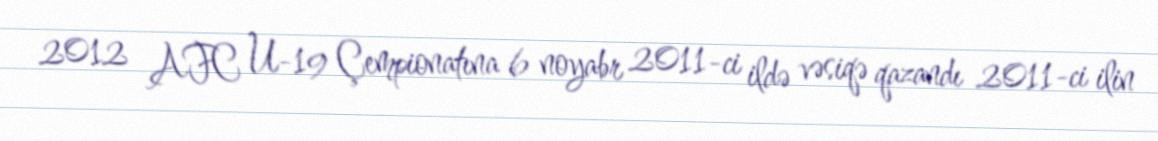
2012 AFC U-19 Çempionatına 6 noyabr 2011-ci ildə vəsiqə qazandı 2011-ci ilin